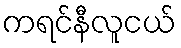
ကရင်နီလူငယ်